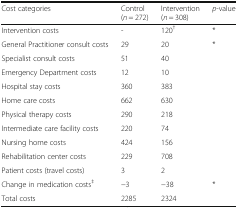
| Cost categories | Control(n = 272) | Intervention(n = 308) | p-value |
 | --- | --- | --- | --- |
 | Intervention costs | - | 120† | * |
 | General Practitioner consult costs | 29 | 20 | * |
 | Specialist consult costs | 51 | 40 |  |
 | Emergency Department costs | 12 | 10 |  |
 | Hospital stay costs | 360 | 383 |  |
 | Home care costs | 662 | 630 |  |
 | Physical therapy costs | 290 | 218 |  |
 | Intermediate care facility costs | 220 | 74 |  |
 | Nursing home costs | 424 | 156 |  |
 | Rehabilitation center costs | 229 | 708 |  |
 | Patient costs (travel costs) | 3 | 2 |  |
 | Change in medication costs‡ | −3 | −38 | * |
 | Total costs | 2285 | 2324 |  |